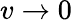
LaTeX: v\rightarrow 0